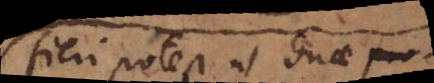
Fieri potest ut duae